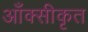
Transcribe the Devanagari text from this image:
आँक्सीकृत